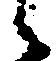
候